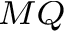
_ { M Q }